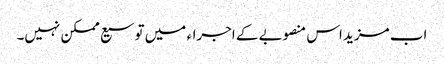
اب مزید اس منصوبے کے اجراء میں توسیع ممکن نہیں۔